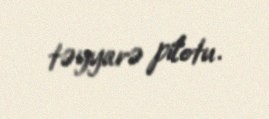
təyyarə pilotu.